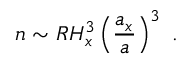
n \sim R H _ { x } ^ { 3 } \left( \frac { a _ { x } } { a } \right) ^ { 3 } \ .